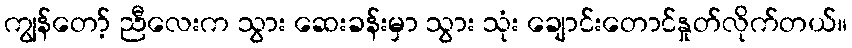
ကျွန်တော့် ညီလေးက သွား ဆေးခန်းမှာ သွား သုံး ချောင်းတောင်နှုတ်လိုက်တယ်။